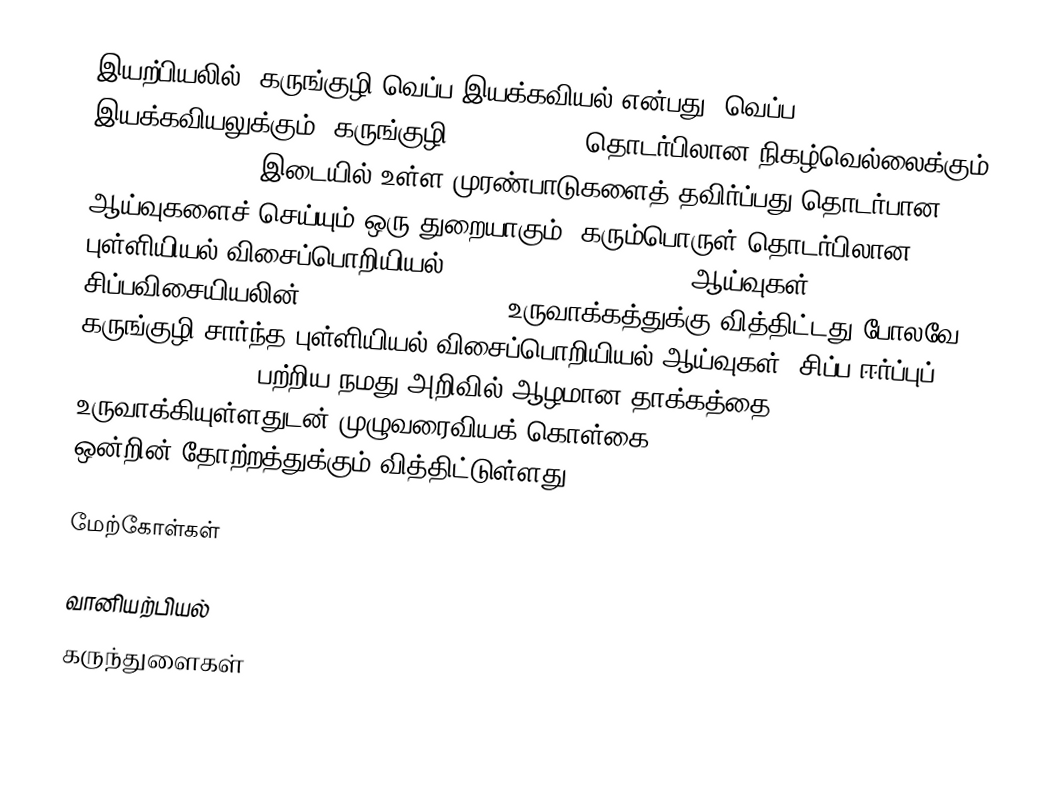
இயற்பியலில், கருங்குழி வெப்ப இயக்கவியல் என்பது, வெப்ப இயக்கவியலுக்கும், கருங்குழி (black hole) தொடர்பிலான நிகழ்வெல்லைக்கும் (event horizons) இடையில் உள்ள முரண்பாடுகளைத் தவிர்ப்பது தொடர்பான ஆய்வுகளைச் செய்யும் ஒரு துறையாகும். கரும்பொருள் தொடர்பிலான புள்ளியியல் விசைப்பொறியியல் (statistical mechanics) ஆய்வுகள் சிப்பவிசையியலின் (quantum mechanics) உருவாக்கத்துக்கு வித்திட்டது போலவே, கருங்குழி சார்ந்த புள்ளியியல் விசைப்பொறியியல் ஆய்வுகள், சிப்ப ஈர்ப்புப் (quantum gravity) பற்றிய நமது அறிவில் ஆழமான தாக்கத்தை உருவாக்கியுள்ளதுடன் முழுவரைவியக் கொள்கை (holographic principle) ஒன்றின் தோற்றத்துக்கும் வித்திட்டுள்ளது.

மேற்கோள்கள்

வானியற்பியல்
கருந்துளைகள்